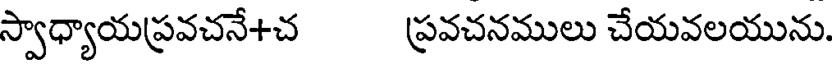
స్వాధ్యాయప్రవచనే+చ ప్రవచనములు చేయవలయును.